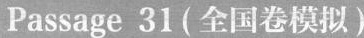
Passage 31(全国卷模拟)